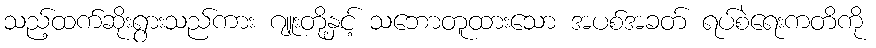
သည့်ထက်ဆိုးရွားသည်ကား ဂျူးတို့နှင့် သဘောတူထားသော အပစ်အခတ် ရပ်စဲရေးကတိကို